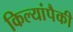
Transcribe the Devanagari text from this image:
किल्यांपैकी